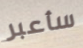
سأعبر